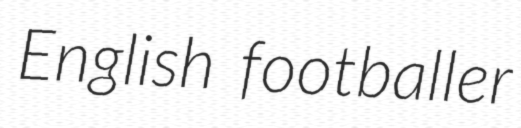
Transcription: English footballer